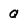
Character: Q